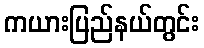
ကယားပြည်နယ်တွင်း